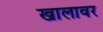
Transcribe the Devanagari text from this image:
खालावर